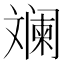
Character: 斓